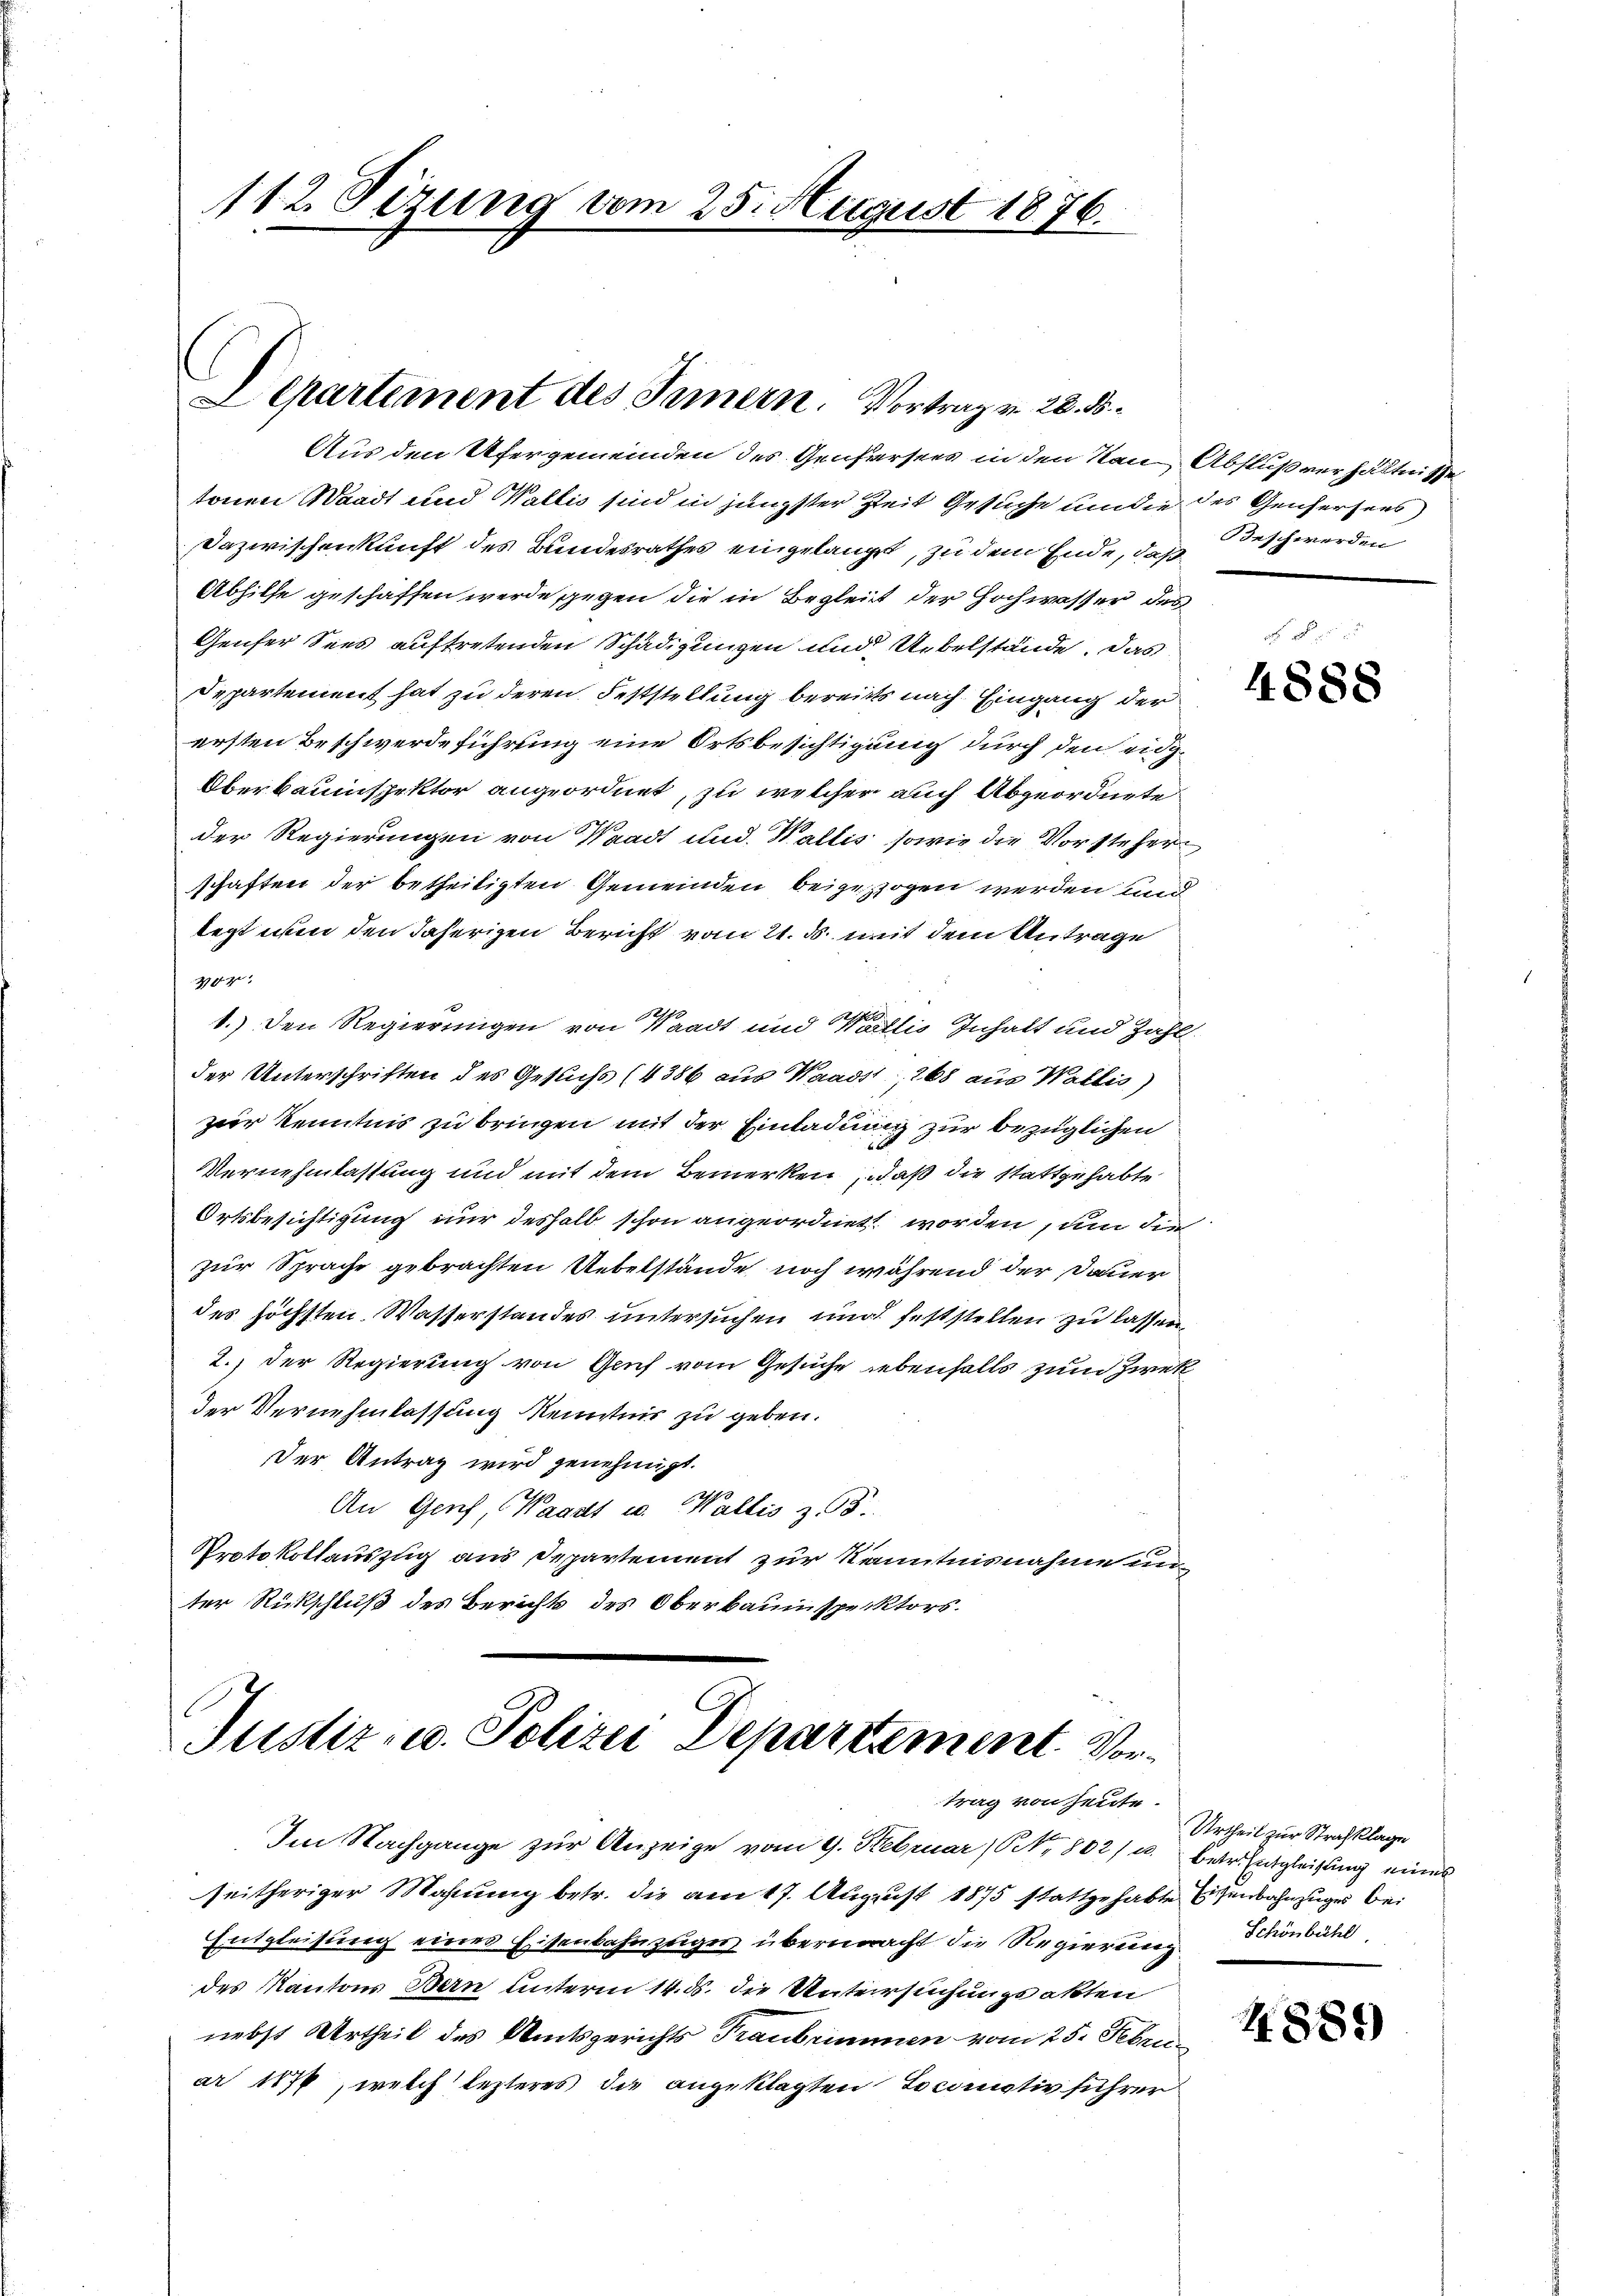
112. Sizung vom 25. August 1876.
e

Lepartement des Innern. Vortrag v. 28. d.

Aus den Ufergemeinden des Genfersees in den an Abflußverhältnisse
tonen Waadt und Wallis sind in jüngster Zeit Gesuche um die des Genfersers
Dazwischenkunft des Bundesrathes eingelangt, zu dem Ende, daß
Abhilfe geschaffen werde gegen die in Begleit der Hochwasser des
Genfer Sees auftretenden Schädigungen und Uebelstände. Das
Departement hat zu deren Feststellung bereits nach Eingang der
ersten Beschwerdeführung eine Ortsbesichtigung durch den eidg¬
Oberbauinspektor angeordnet, zu welcher auch Abgeordnete
der Regierungen von Waadt und. Wallis, sowie die Vorsteher
schaften der betheiligten Gemeinden beigezogen werden und
legt nun den daherigen Bericht vom 21. ds. mit dem Antrage
2fr.
1.) Den Regierungen von Waadt und Wallis Inhalt und Zahlder Unterschriften des Gesuchs (4386 aus Waadt, 268 aus Wallis)
zier Kenntnis zu bringen mit der Einladung zur bezüglichen
Vernehmlassung und mit dem Bemerken, daß die stattgehabte
Ortsbesichtigung nur deshalb schon angeordnet worden, um die
zur Sprache gebrachten Uebelstände noch während der Dauer
des höchsten Wasserstandes untersuchen und feststellen zu lassen.
2.) Der Regierung von Gruf vom Gesuche ebenfalls zum Zwek
der Vernehmlassung Kenntnis zu geben.
Der Antrag wird genehmigt.
An Genf, Waadt u. Wallis z. B.
Protokollauszug aus Departement zur Kenntnisnahme un
ter Rückschluß des Berichts des Oberbauinspektors.

Justiz- u. Polizei Departement. Vortrag von heute.

Im Nachgange zur Anzeige vom 9. Februar (N. 802/ c. betr. Entgleichung eines
seitheriger Mahnung betr. die am 17. August 1875 stattgehabte Eisenbahnzuges bei
Entgleisung eines Eisenbahnzuges übermacht die Regierung Schönbühl
des Kantons Bern unterm 14. ds. die Untersuchungsakten
nebst Urtheil des Amtsgerichts Traubrimmen vom 25. Febru
ar 1872 welch lezteres, die angeklagten Locanativ führer

Beschwerden

4888

Urtheil zur Strafklage

4885)